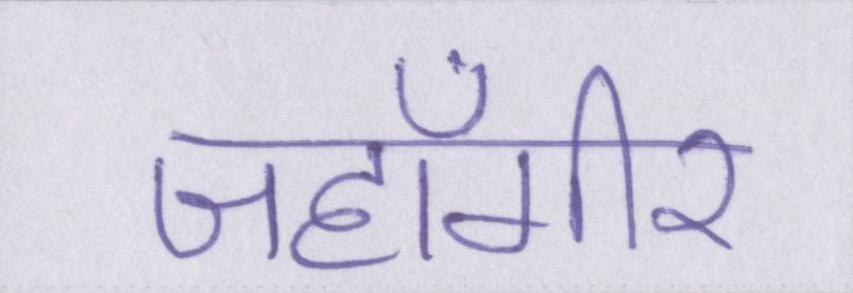
जहाँगीर